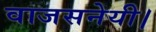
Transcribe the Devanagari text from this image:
वाजसनेयी।